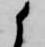
候